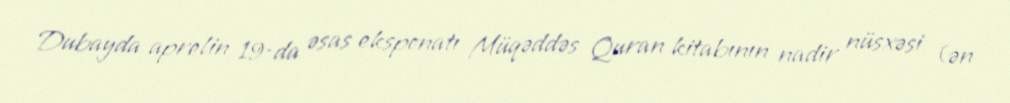
Dubayda aprelin 19-da əsas eksponatı Müqəddəs Quran kitabının nadir nüsxəsi (ən